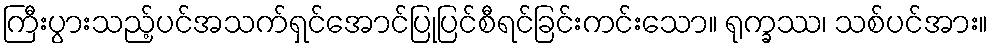
ကြီးပွားသည့်ပင်အသက်ရှင်အောင်ပြုပြင်စီရင်ခြင်းကင်းသော။ ရုက္ခဿ၊ သစ်ပင်အား။